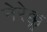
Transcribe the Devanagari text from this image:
नेरेक्कू